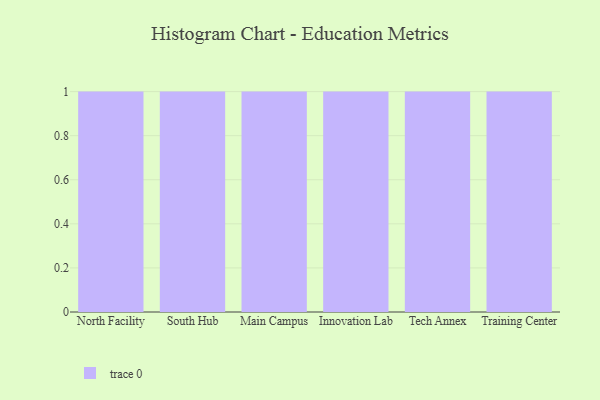
{"axis": {"x": "Campus", "y": "Gross Profit (USD K)"}, "legend": [""], "data": [{"x": "North Facility", "y": 66, "type": ""}, {"x": "South Hub", "y": 55, "type": ""}, {"x": "Main Campus", "y": 62, "type": ""}, {"x": "Innovation Lab", "y": 57, "type": ""}, {"x": "Tech Annex", "y": 48, "type": ""}, {"x": "Training Center", "y": 34, "type": ""}]}